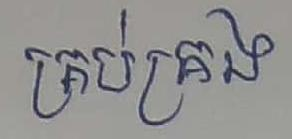
គ្រប់គ្រង